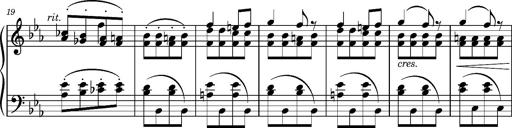
Title: Andantino pour Emile et Charlotte Loudon
Composer: Franz Liszt
Key: E-flat major